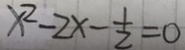
x ^ { 2 } - 2 x - \frac { 1 } { 2 } = 0